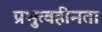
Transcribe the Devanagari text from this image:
प्रभुत्वहीनता